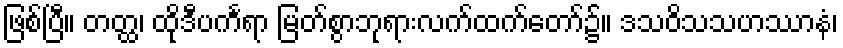
ဖြစ်ပြီ။ တတ္ထ၊ ထိုဒီပင်္ကရာ မြတ်စွာဘုရားလက်ထက်တော်၌။ ဒသဝိသသဟဿာနံ၊